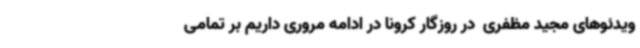
ویدئوهای مجید مظفری  در روزگار کرونا در ادامه مروری داریم بر تمامی